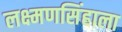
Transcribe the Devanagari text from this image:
लक्ष्मणसिंहाला